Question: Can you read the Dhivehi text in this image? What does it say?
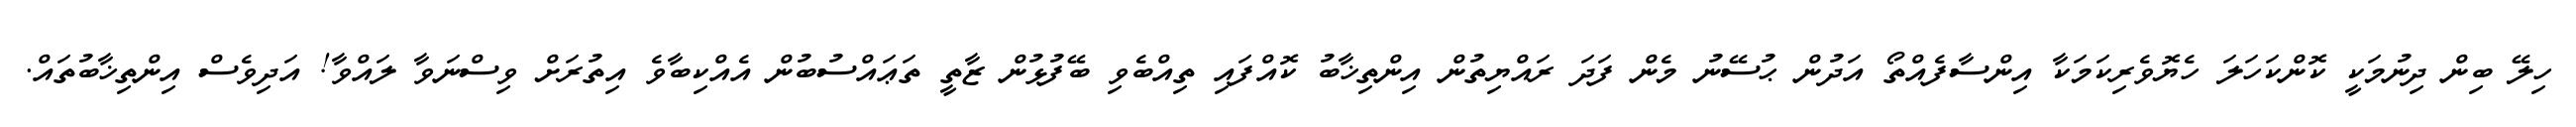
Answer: ހިލޭ ބިން ދިނުމަކީ ކޮންކަހަލަ ހެޔޮވެރިކަމަކާ އިންސާފެއްތޯ އަދުން ޙުސޭނު މެން ފަދަ ރައްޔިތުން އިންތިޚާބު ކޮއްފައި ތިއްބެވި ބޭފުޅުން ޒާތީ ތަޢައްސުބުން އެއްކިބާވެ އިތުރަށް ވިސްނަވާ ލައްވާ! އަދިވެސް އިންތިޚާބުތައް.